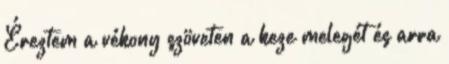
Éreztem a vékony szöveten a keze melegét és arra